Report of the Municipal Commissioner on the plague in Bombay for the year ending 31st May... - Volume 2
Disease focus: Plague
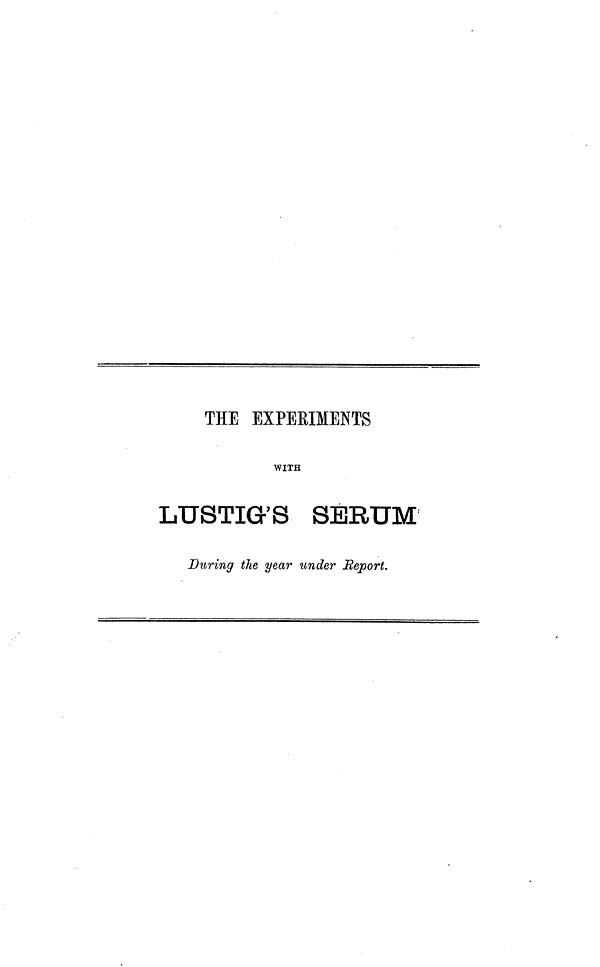
THE EXPERIMENTS
WITH
LUSTIGKS SERUM
During the year under Report.